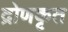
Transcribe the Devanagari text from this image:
द्रोणकृत